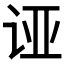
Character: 𲂉